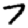
Digit: 7